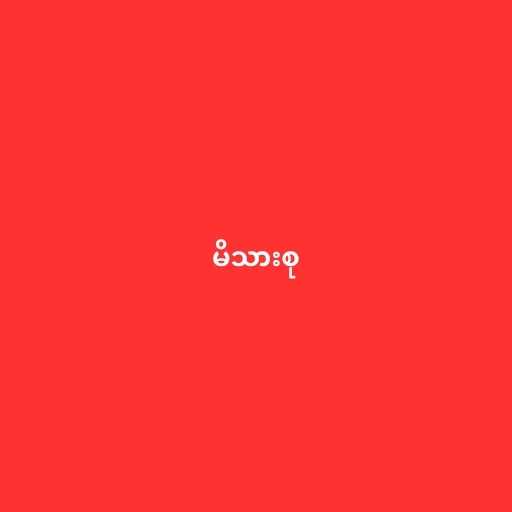
မိသားစု